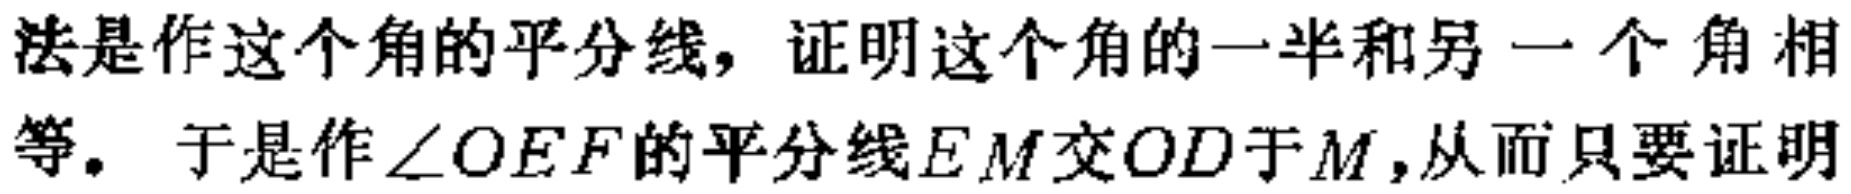
法是作这个角的平分线，证明这个角的一半和另一个角相等。于是作\(\angle OEF\)的平分线\(EM\)交\(OD\)于\(M\)，从而只要证明